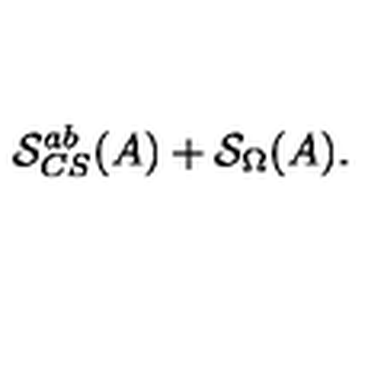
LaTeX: \mathcal { S } _ { C S } ^ { a b } ( A ) + \mathcal { S } _ { \Omega } ( A ) .